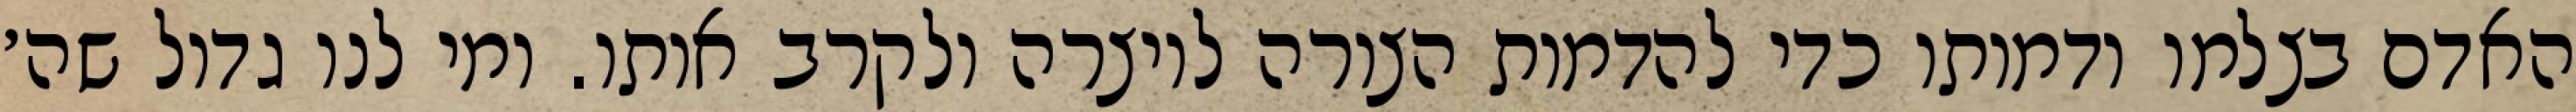
האדם בצלמו ודמותו כדי להדמות הצורה ליוצרה ולקרב אותו. ומי לנו גדול שה׳